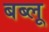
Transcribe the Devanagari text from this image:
बब्लू